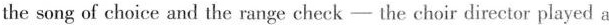
the song of choice and the range cheek - the choir director played a